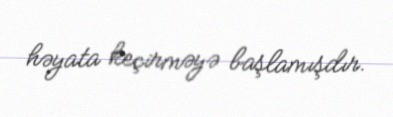
həyata keçirməyə başlamışdır.